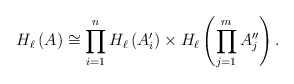
\begin{align*}H_\ell \left( A \right) \cong \prod_{i=1}^n H_\ell\left( A'_i\right) \times H_\ell\left( \prod_{j=1}^m A''_j \right).\end{align*}